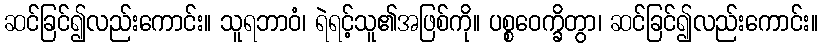
ဆင်ခြင်၍လည်းကောင်း။ သူရဘာဝံ၊ ရဲရင့်သူ၏အဖြစ်ကို။ ပစ္စဝေက္ခိတွာ၊ ဆင်ခြင်၍လည်းကောင်း။